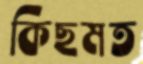
কিছমত